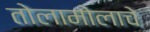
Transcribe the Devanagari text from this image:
तोलामोलाचे